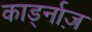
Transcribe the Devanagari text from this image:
कार्ड्नाज़